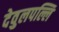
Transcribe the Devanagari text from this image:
देवुलपल्लि